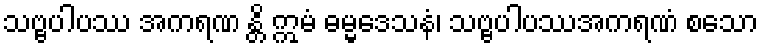
သဗ္ဗပါပဿ အကရဏ န္တိ ဣမံ ဓမ္မဒေသနံ၊ သဗ္ဗပါပဿအကရဏံ စသော